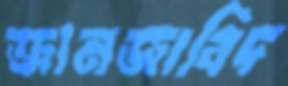
জানজাবিদ